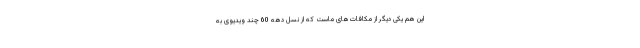
این هم یکی دیگر از مکافات‌های ماست که از نسل دهه 60 چند ویدیوی به